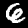
Digit: 6